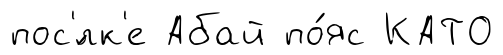
пос'́лк'е Абай по́яс КАТО